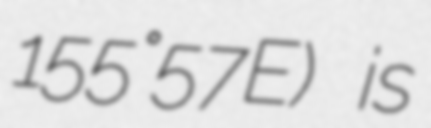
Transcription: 155°57′E) is